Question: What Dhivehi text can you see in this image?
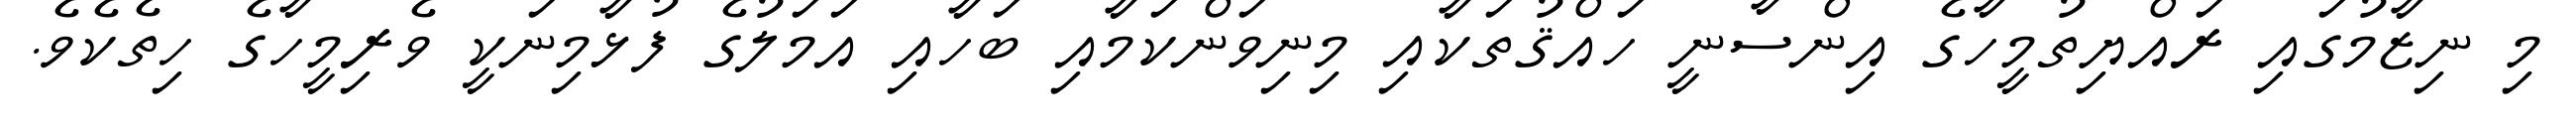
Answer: މި ނިޒާމުގައި ރައްޔިތުމީހާގެ އިންސާނީ ހައްޤުތަކާއި މިނިވަންކަމާއި ބަހާއި އަމަލުގެ ފުޅާމިނަކީ ވެރިމީހާގެ ހިތެކެވެ.